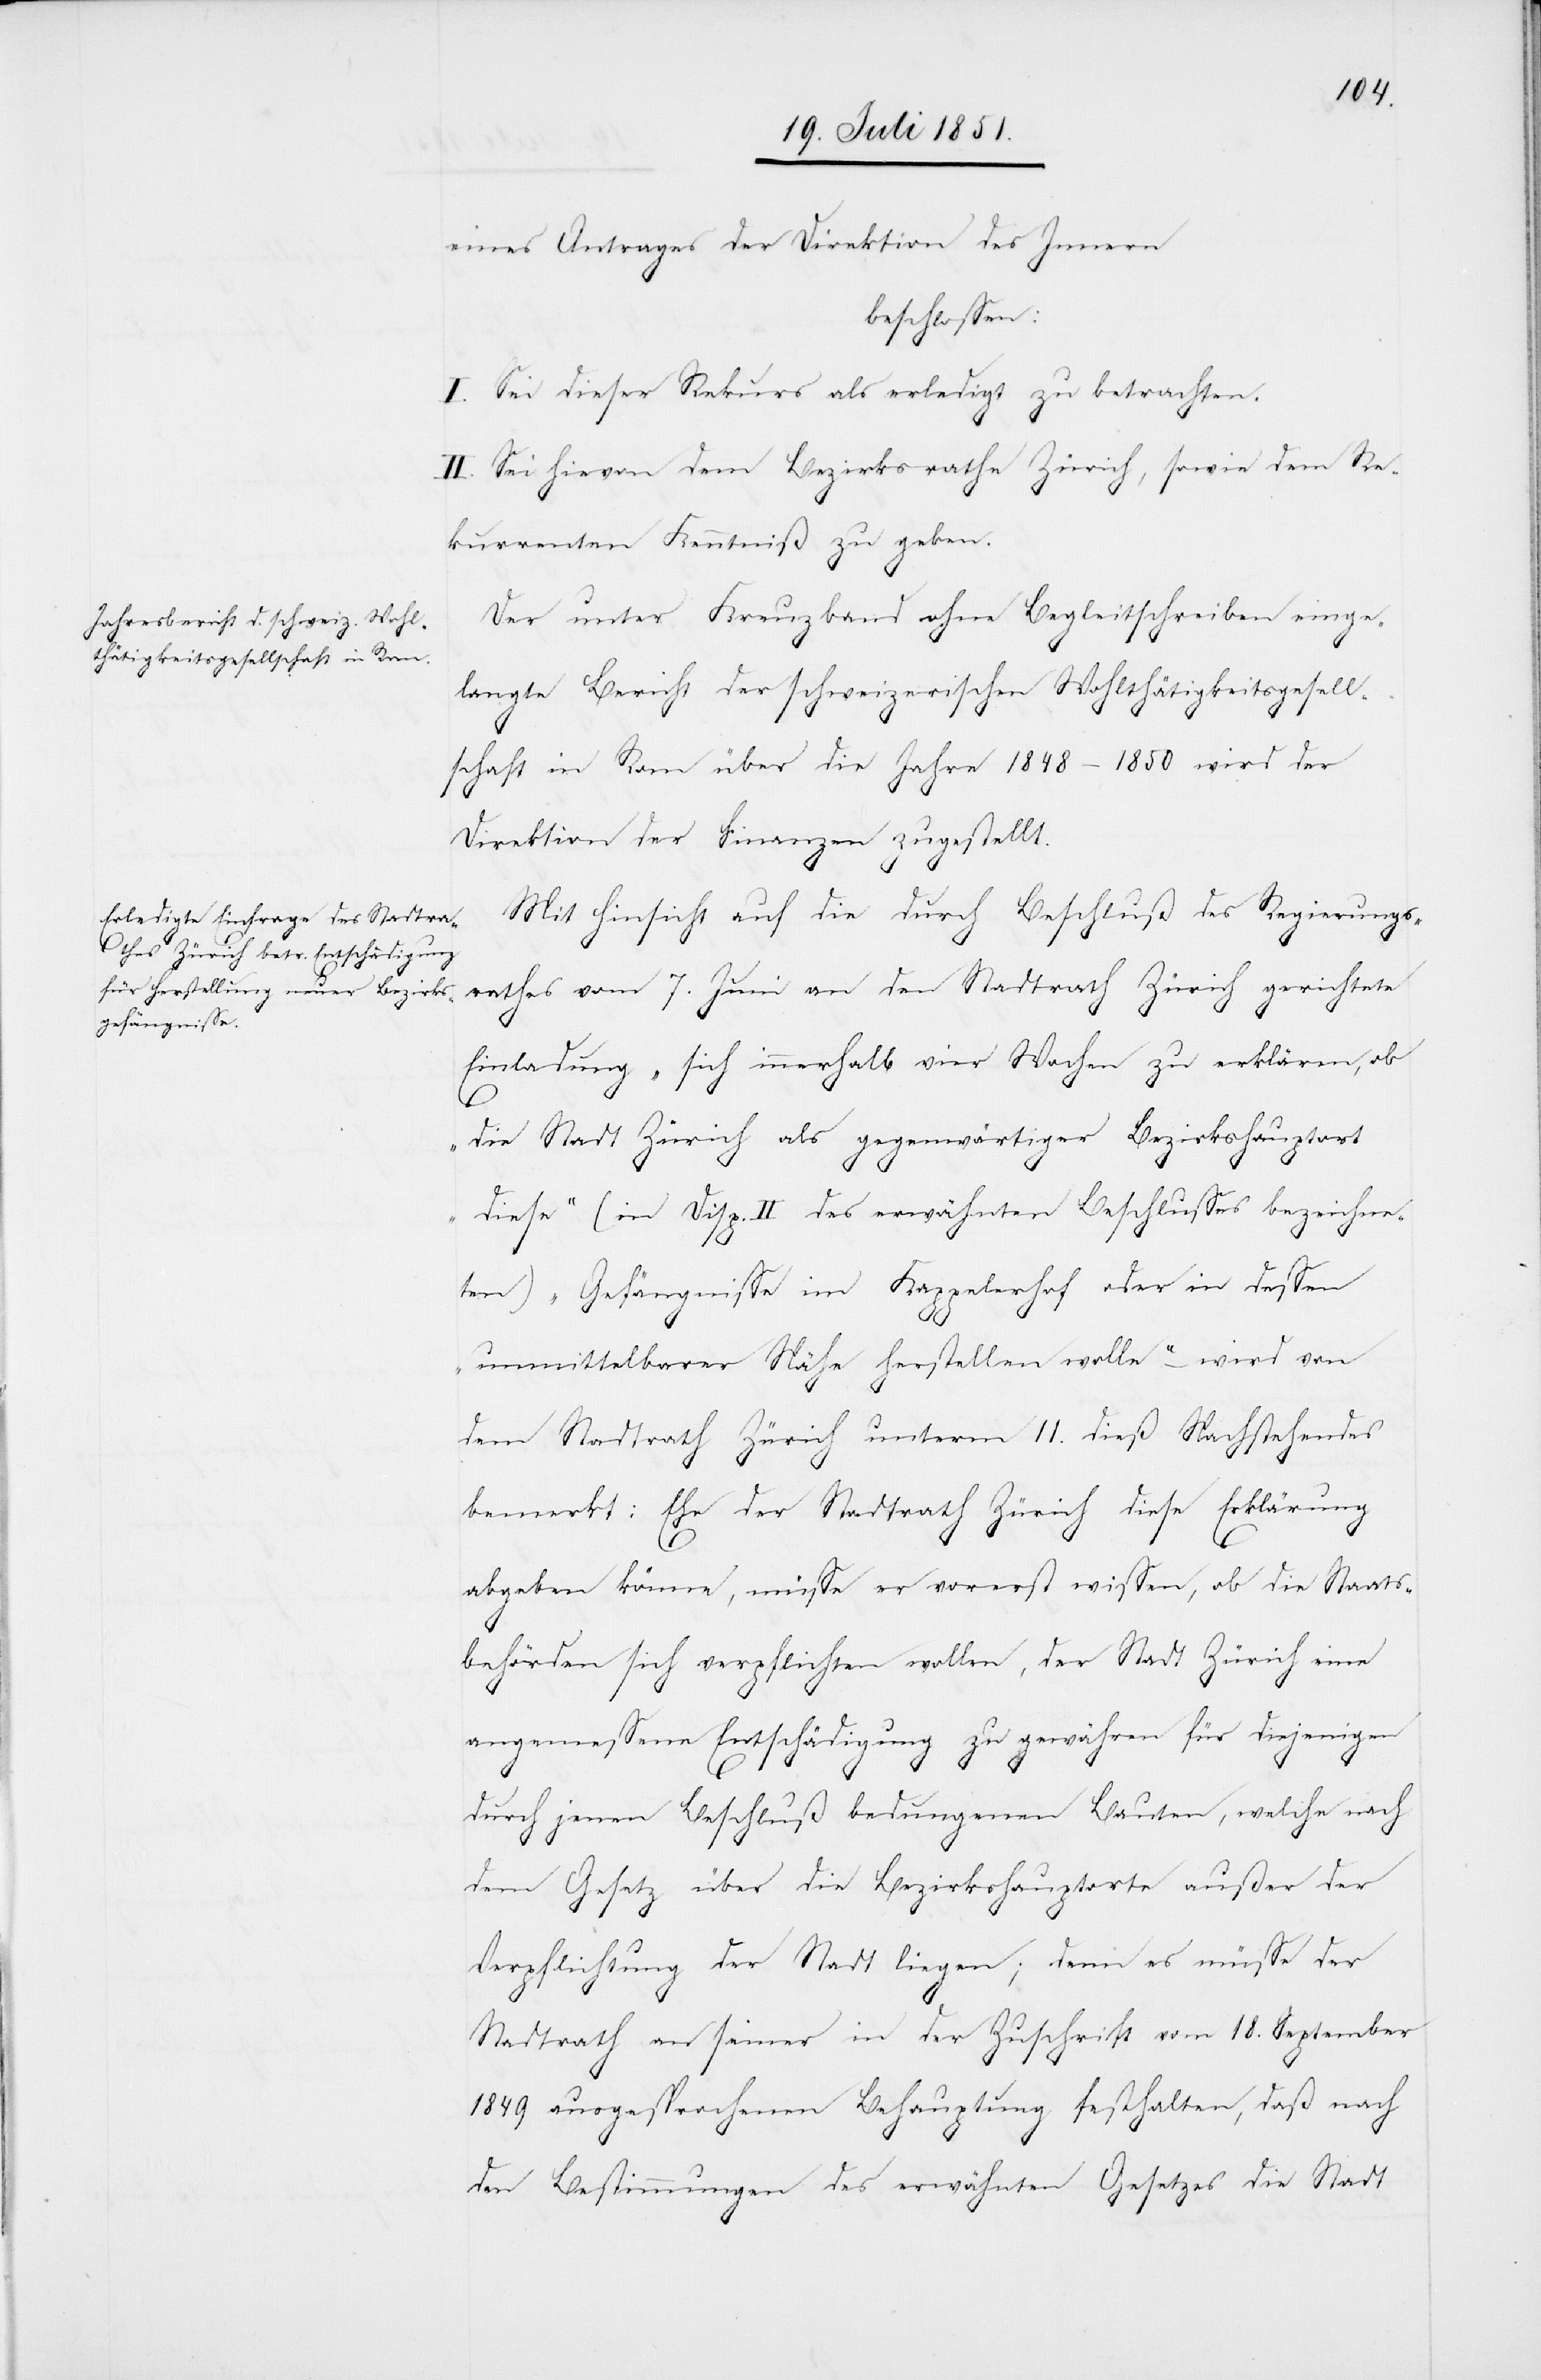
eines Antrages der Direktion des Innern
beschlossen:
I. Sei dieser Rekurs als erledigt zu betrachten.
II. Sei hievon dem Bezirksrathe Zürich, sowie dem Re¬
kurrenten Kenntniß zu geben.
Der unter Kreuzband ohne Begleitschreiben einge¬
langte Bericht der schweizerischen Wohlthätigkeitsgesell¬
schaft in Rom über die Jahre 1848–1850 wird der
Direktion der Finanzen zugestellt.
Mit Hinsicht auf die durch Beschluß des Regierungs¬
rathes vom 7. Juni an den Stadtrath Zürich gerichtete
Einladung „sich innerhalb vier Wochen zu erklären, ob
die Stadt Zürich als gegenwärtiger Bezirkshauptort
diese“ (in Disp. II des erwähnten Beschlusses bezeichne¬
ten) „Gefängnisse im Kappelerhof oder in dessen
unmittelbarer Nähe herstellen wolle“ – wird von
dem Stadtrath Zürich unterm 11. dieß Nachstehendes
bemerkt: Ehe der Stadtrath Zürich diese Erklärung
abgeben könne, müsse er vorerst wissen, ob die Staats¬
behörden sich verpflichten wollen, der Stadt Zürich eine
angemessene Entschädigung zu gewähren für diejenigen
durch jenen Beschluß bedungenen Bauten, welche nach
dem Gesetz über die Bezirkshauptorte außer der
Verpflichtung der Stadt liegen; denn es müsse der
Stadtrath an seiner in der Zuschrift vom 18. September
1849 ausgesprochenen Behauptung festhalten, daß nach
den Bestimmungen des erwähnten Gesetzes die Stadt